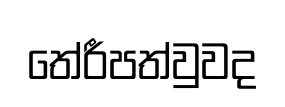
තේරීපත්වුවද